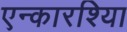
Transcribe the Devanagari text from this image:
एन्कारश्यिा